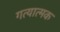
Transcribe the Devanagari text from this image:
गत्‍यात्‍मक